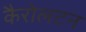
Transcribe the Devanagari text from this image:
कैरोलटन